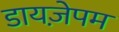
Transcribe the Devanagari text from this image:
डायज़ेपम